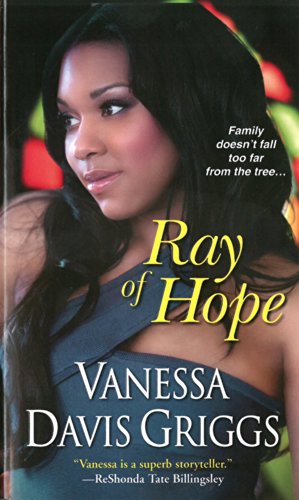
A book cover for Ray of Hope; Vanessa Davis Griggs; Literature & Fiction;